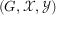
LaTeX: ( G , { \mathcal { X } } , { \mathcal { Y } } )